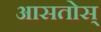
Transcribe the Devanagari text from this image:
आसतोस्